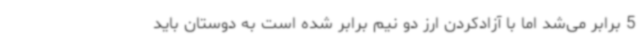
5 برابر می‌شد اما با آزادکردن ارز دو نیم برابر شده است به دوستان باید